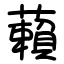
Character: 藾